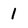
Character: 1